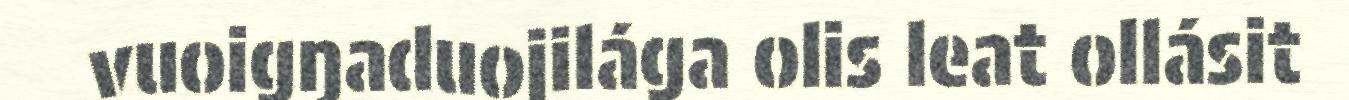
vuoigŋaduojilága olis leat ollásit